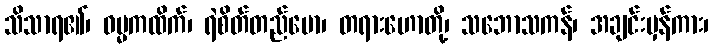
သိသာရ၏၊ ဓမ္မကထိက်၊ ရဲစိတ်တည်မော၊ တရားဟောတို့၊ သဘောသကန်၊ အချင်းမှန်ကား၊